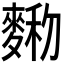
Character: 𪍆